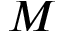
M